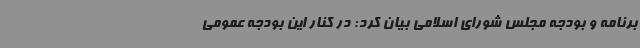
برنامه و بودجه مجلس شورای اسلامی بیان کرد: در کنار این بودجه عمومی